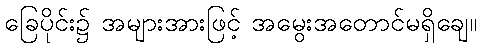
ခြေပိုင်း၌ အများအားဖြင့် အမွေးအတောင်မရှိချေ။